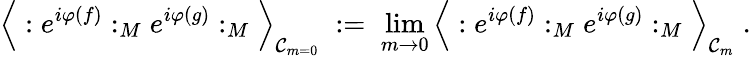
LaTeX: \Big\langle:e^{i\varphi(f)}:_{M}e^{i\varphi(g)}:_{M}\Big\rangle_{\mathcal{C}_{m=0}}\; :=\; \operatorname*{lim}_{m\rightarrow0}\Big\langle:e^{i\varphi(f)}:_{M}e^{i\varphi(g)}:_{M}\Big\rangle_{\mathcal{C}_{m}}\; .